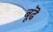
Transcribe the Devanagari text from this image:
बूढॆ